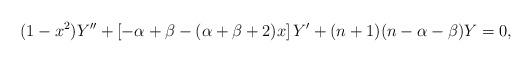
LaTeX: \begin{align*}(1-x^2)Y''+[-\alpha+\beta-(\alpha+\beta+2)x]\,Y'+(n+1)(n-\alpha-\beta)Y=0,\end{align*}